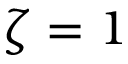
\zeta = 1